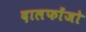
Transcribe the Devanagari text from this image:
दालफोंजो